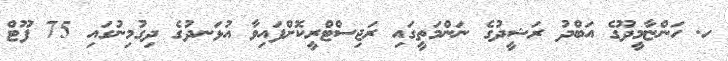
ހ. ހަންޏާމީދޫގެ އަބްދު ރަޝީދުގެ ނަންމަތީގައި ރަޖިސްޓްރީކޮށްފައިވާ އުޅަނދުގެ ދިގުމިނުގައި 75 ފޫޓް